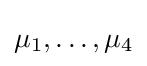
\mu _{1},\ldots ,\mu _{4}